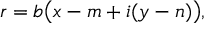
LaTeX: r = b { \bigl ( } x - m + i ( y - n ) { \bigr ) } ,